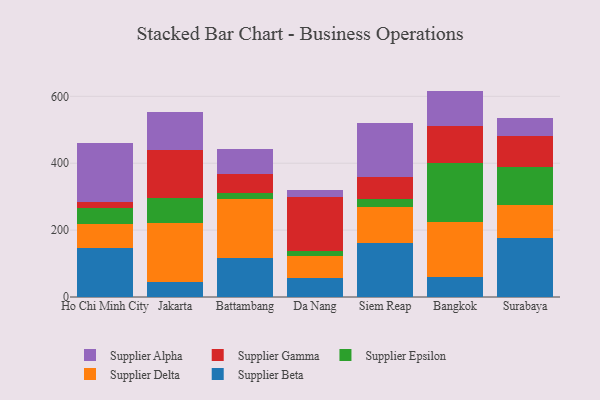
{"axis": {"x": "City", "y": "Active Users"}, "legend": ["Supplier Alpha", "Supplier Beta", "Supplier Delta", "Supplier Epsilon", "Supplier Gamma"], "data": [{"x": "Ho Chi Minh City", "y": 146.8, "type": "Supplier Beta"}, {"x": "Ho Chi Minh City", "y": 70.1, "type": "Supplier Delta"}, {"x": "Ho Chi Minh City", "y": 49.5, "type": "Supplier Epsilon"}, {"x": "Ho Chi Minh City", "y": 17.8, "type": "Supplier Gamma"}, {"x": "Ho Chi Minh City", "y": 177.3, "type": "Supplier Alpha"}, {"x": "Jakarta", "y": 45.6, "type": "Supplier Beta"}, {"x": "Jakarta", "y": 176.0, "type": "Supplier Delta"}, {"x": "Jakarta", "y": 73.0, "type": "Supplier Epsilon"}, {"x": "Jakarta", "y": 145.0, "type": "Supplier Gamma"}, {"x": "Jakarta", "y": 113.8, "type": "Supplier Alpha"}, {"x": "Battambang", "y": 115.9, "type": "Supplier Beta"}, {"x": "Battambang", "y": 177.5, "type": "Supplier Delta"}, {"x": "Battambang", "y": 16.9, "type": "Supplier Epsilon"}, {"x": "Battambang", "y": 57.0, "type": "Supplier Gamma"}, {"x": "Battambang", "y": 74.2, "type": "Supplier Alpha"}, {"x": "Da Nang", "y": 57.6, "type": "Supplier Beta"}, {"x": "Da Nang", "y": 65.5, "type": "Supplier Delta"}, {"x": "Da Nang", "y": 15.4, "type": "Supplier Epsilon"}, {"x": "Da Nang", "y": 159.3, "type": "Supplier Gamma"}, {"x": "Da Nang", "y": 21.2, "type": "Supplier Alpha"}, {"x": "Siem Reap", "y": 161.7, "type": "Supplier Beta"}, {"x": "Siem Reap", "y": 108.1, "type": "Supplier Delta"}, {"x": "Siem Reap", "y": 23.8, "type": "Supplier Epsilon"}, {"x": "Siem Reap", "y": 64.2, "type": "Supplier Gamma"}, {"x": "Siem Reap", "y": 163.8, "type": "Supplier Alpha"}, {"x": "Bangkok", "y": 60.0, "type": "Supplier Beta"}, {"x": "Bangkok", "y": 163.1, "type": "Supplier Delta"}, {"x": "Bangkok", "y": 177.0, "type": "Supplier Epsilon"}, {"x": "Bangkok", "y": 111.5, "type": "Supplier Gamma"}, {"x": "Bangkok", "y": 104.8, "type": "Supplier Alpha"}, {"x": "Surabaya", "y": 177.8, "type": "Supplier Beta"}, {"x": "Surabaya", "y": 96.7, "type": "Supplier Delta"}, {"x": "Surabaya", "y": 112.9, "type": "Supplier Epsilon"}, {"x": "Surabaya", "y": 93.3, "type": "Supplier Gamma"}, {"x": "Surabaya", "y": 54.3, "type": "Supplier Alpha"}]}